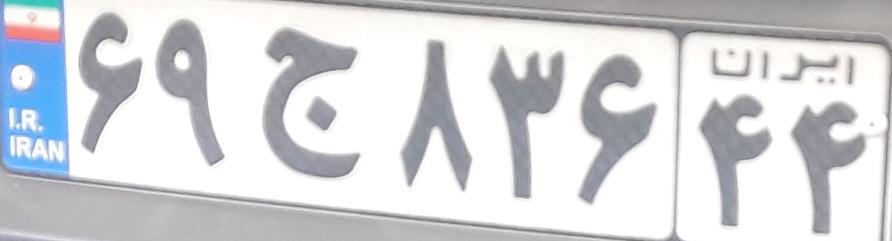
۶۹ج۸۳۶۴۴